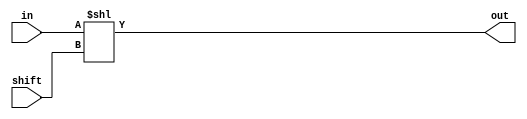
module left_shift(in, out, shift);

	output [15:0] out;
	input  [15:0] in;
	input  [3:0]  shift;
	
	assign out = in << shift;
	
endmodule